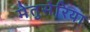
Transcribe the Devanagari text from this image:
मेतुसेरिया